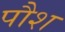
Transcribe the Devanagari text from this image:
पौश